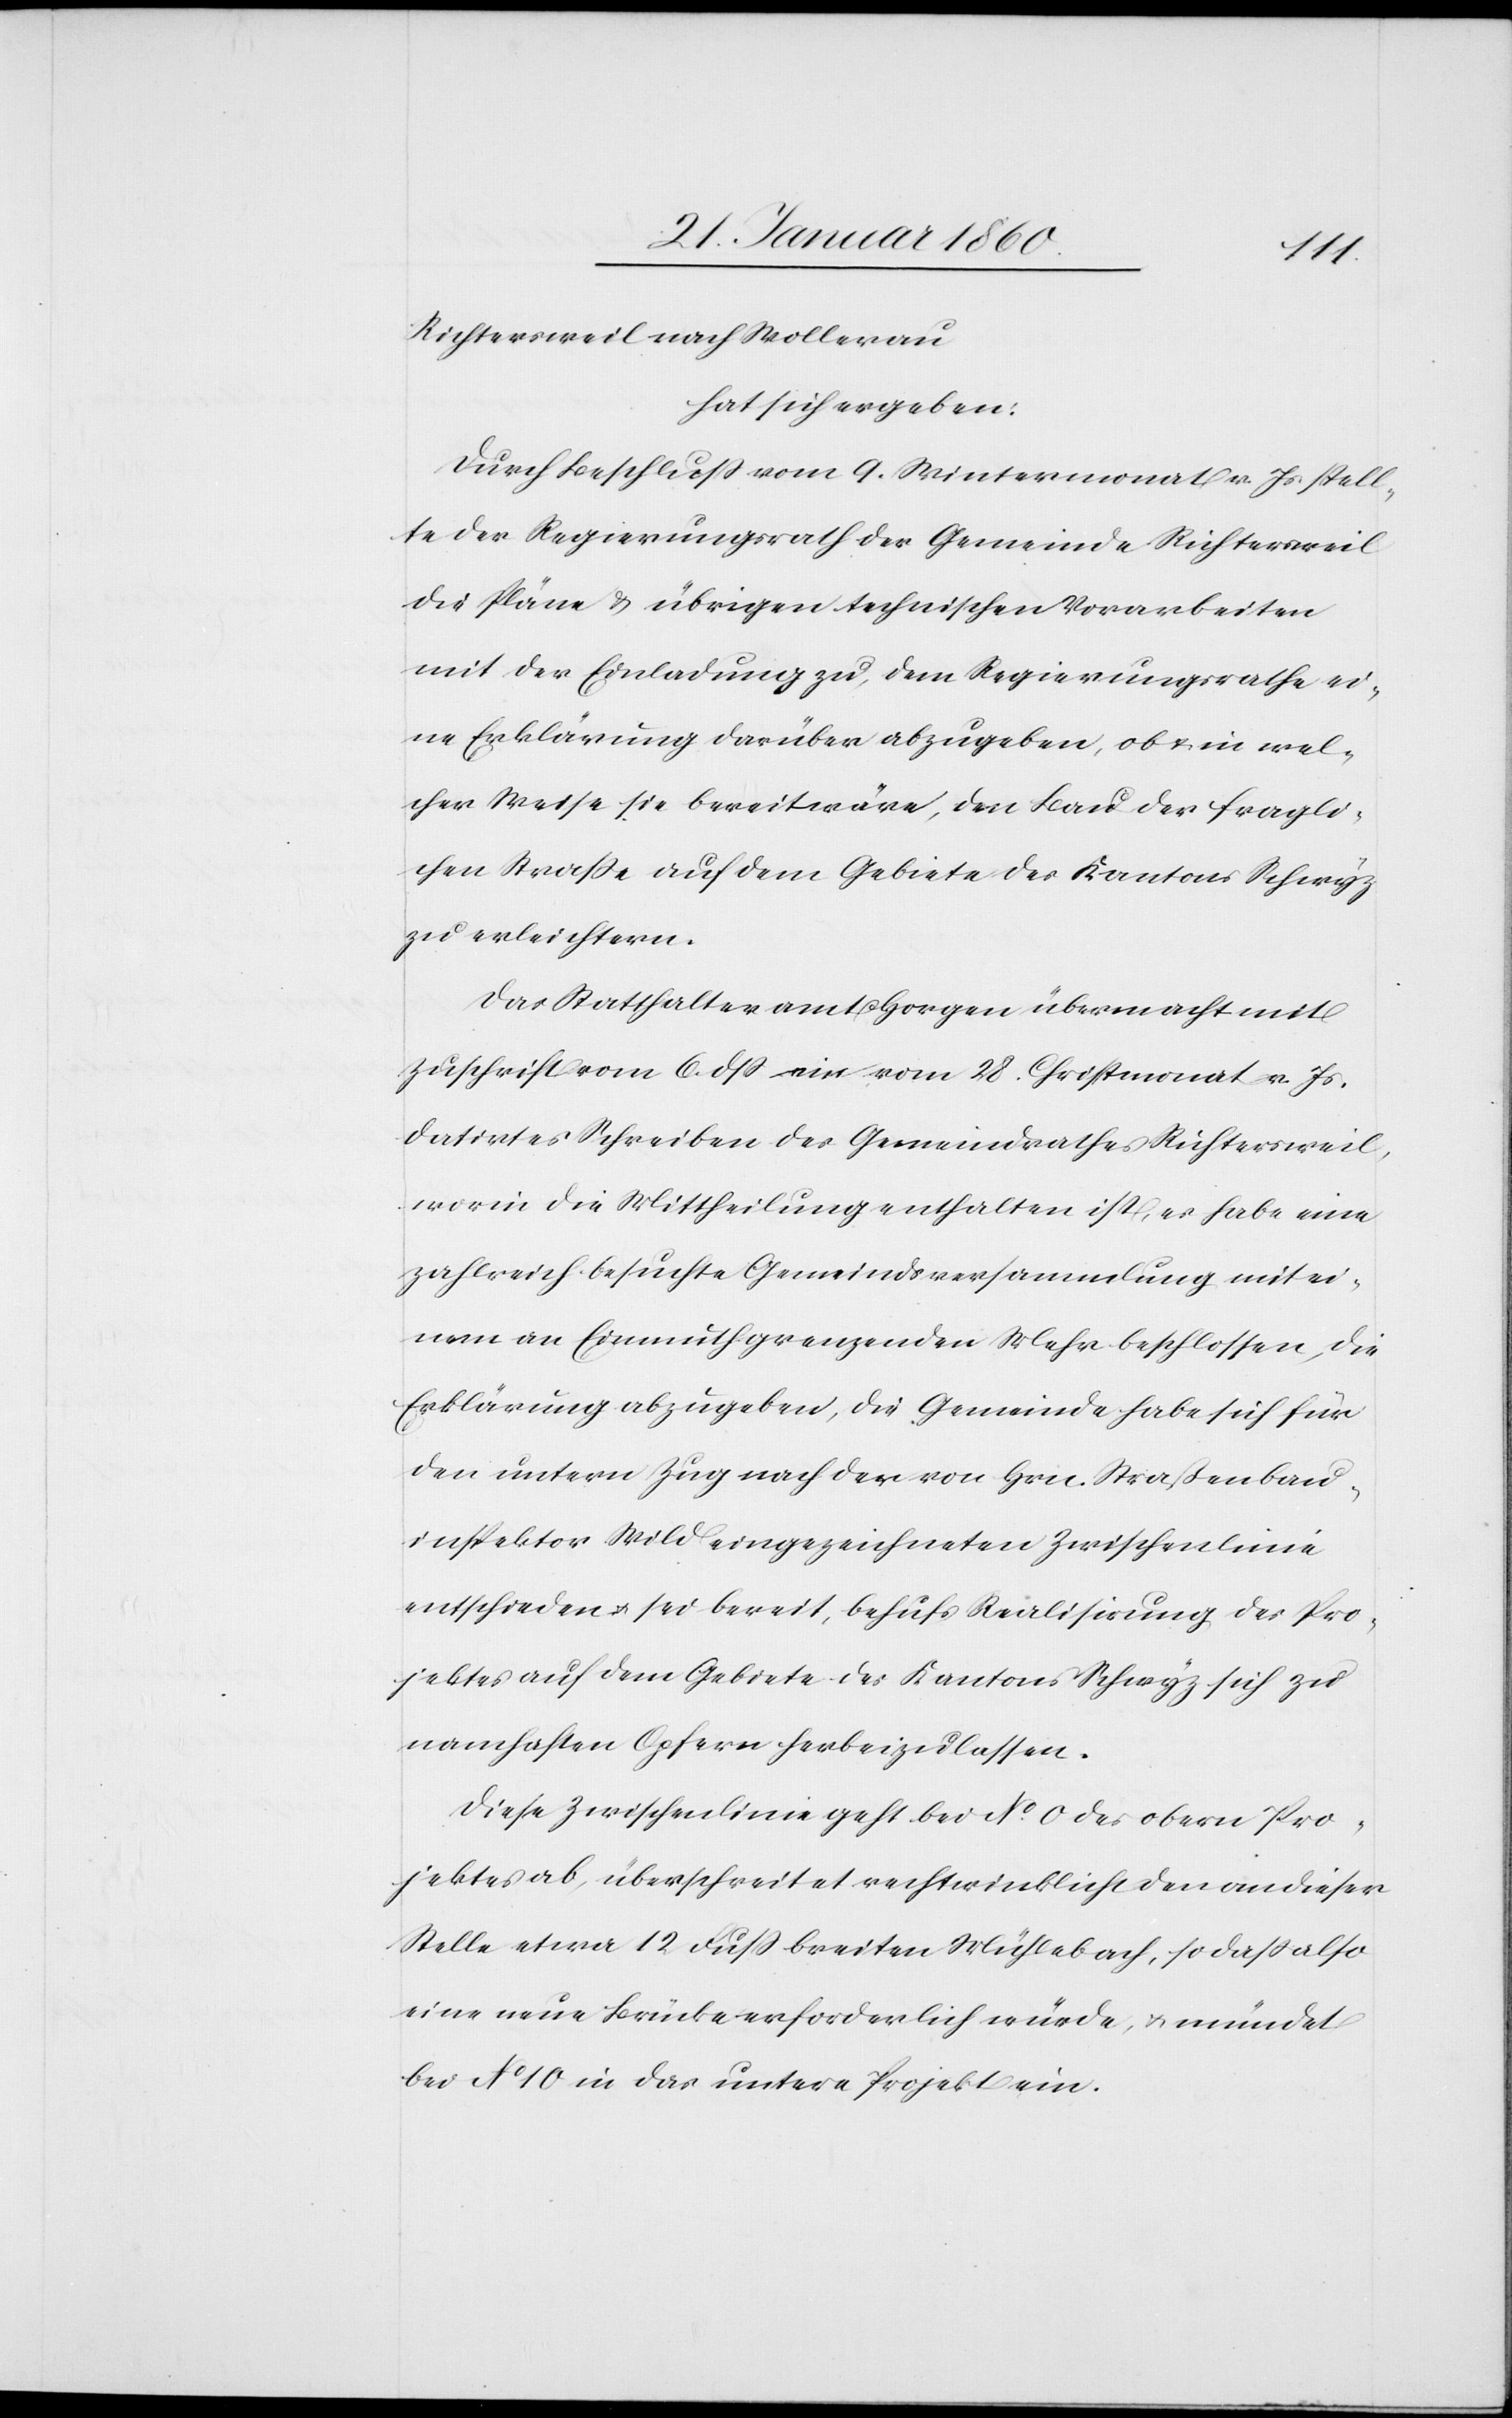
Richtersweil nach Wollerau
hat sich ergeben:
Durch Beschluß vom 9. Weinmonat v. Js. stell¬
te der Regierungsrath der Gemeinde Richtersweil
die Pläne u. übrigen technischen Vorarbeiten
mit der Einladung zu, dem Regierungsrathe ei¬
ne Erklärung darüber abzugeben, ob u. in wel¬
cher Weise sie bereit wäre, den Bau der fragli¬
chen Strasse auf dem Gebiete des Kantons Schwyz
zu erleichtern.
Das Statthalteramt Horgen übermacht mit
Zuschrift vom 6. dß. ein vom 28. Christmonat v. Js.
datirtes Schreiben des Gemeindrathes Richtersweil,
worin die Mittheilung enthalten ist, es habe eine
zahlreiche besuchte Gemeindsversammlung mit ei¬
nem an Einmuth grenzenden Mehr beschlossen, die
Erklärung abzugeben, die Gemeinde habe sich für
den untern Zug nach der von Hrn. Straßenbau¬
inspektor Wild eingezeichneten Zwischenlinie
entschieden u. sei bereit, behufs Realisirung der Pro¬
jektes auf dem Gebiete des Kantons Schwyz sich zu
namhaften Opfern herbeizulassen.
Diese Zwischenlinie geht bei No 0. des obern Pro¬
jektes ab, überschreitet rechtwinklich den an dieser
Stelle etwas 12 Fuß breiten Mühlebach, so dass also
eine neue Brücke erforderlich würde, u. mündet
bei No 10 in das untere Projekt ein.